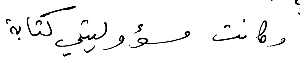
وكانت مسؤوليتي كتابة